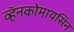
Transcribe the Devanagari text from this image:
व्हॅनकोमायसिन